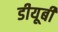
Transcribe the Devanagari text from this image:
डीयूबी